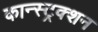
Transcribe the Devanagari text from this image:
कान्स्ट्रक्शन